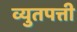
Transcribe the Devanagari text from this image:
व्युतपत्ती